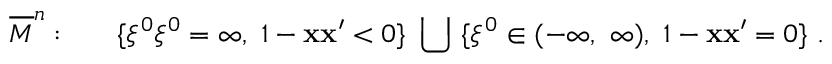
\overline { { { M } } } ^ { n } : ~ ~ ~ ~ ~ \{ \xi ^ { 0 } \xi ^ { 0 } = \infty , ~ 1 - { \bf x x } ^ { \prime } < 0 \} ~ \bigcup ~ \{ \xi ^ { 0 } \in ( - \infty , ~ \infty ) , ~ 1 - { \bf x x } ^ { \prime } = 0 \} ~ .